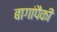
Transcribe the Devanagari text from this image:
बागांपैकी